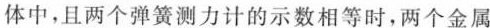
体中，且两个弹簧测力计的示数相等时，两个金属